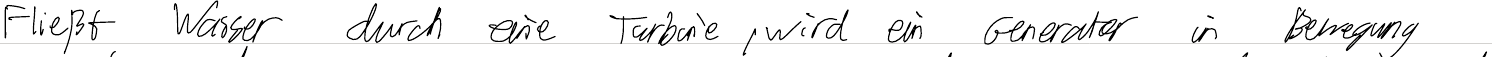
Fließt Wasser durch eine Turbine, wird ein Generator in Bewegung